system: You are a helpful assistant.
user:
Analyze the provided spectrum to determine if it is a **S-type Star**.

- **Key Indicators for S-type Star:**

    - **(Overall Spectrum Shape):** The first and most obvious characteristic is the overall continuum (the "baseline" shape). It is **extremely "red-sloping,"** meaning the flux (light intensity) is very low on the left side (blue, ~4000-4500 Å) and rises steeply and continuously toward the right side (red, ~7000 Å+).

    - **(Primary):** The spectrum is defined by the presence of strong, broad molecular absorption "valleys" (bands) from **Zirconium Oxide (ZrO)**. The identification of these bands is the **primary requirement** for classifying a star as S-type.
        - **(Key Bandheads):** You must find distinct, deep "dips" where the light has been absorbed. The most critical band systems to locate are:
            - **~6474 Å** ($\gamma$-system): This is often the strongest and clearest ZrO feature, found in the red part of the spectrum.
            - **~5718 Å** & **~5551 Å** ($\beta$-system): A pair of prominent absorption features in the yellow-orange part of the spectrum.
            - **~4640 Å** ($\alpha$-system): A key absorption band system in the blue-green region of the spectrum.

    - **(Secondary Confirmation):** The classification is strengthened by finding additional absorption bands from other related heavy element oxides, which are expected to be present alongside ZrO.
        - **(Key Bandheads):**
            - **Yttrium Oxide (YO):** Look for absorption dips near **~4800 Å** and **~6100 Å**.
            - **Lanthanum Oxide (LaO):** Additional absorption features, particularly in the red-orange part of the spectrum, are also characteristic.

    - **(Line Profile):** The combination of the steep red continuum and these numerous, deep molecular bands (ZrO, YO, etc.) gives the entire spectrum a very **"chopped-up"** or **"bumpy"** appearance. Instead of a smooth curve, the spectrum looks as though large, wide chunks of light have been "carved out" of it at the specific wavelengths listed above.

Think first, call **spectral_visualization_tool** if needed to examine features in detail, then provide your final answer. Your response must adhere to the following strict rules:
1.  **Overall Structure:** Your response must follow the format `<think>...</think> <tool_call>...</tool_call> (if a tool is used) <answer>...</answer>`.
2.  **Tool Usage Constraint:** You may only make **one** tool call per turn.
3.  **Final Answer Format:** In the `<answer>` tag, your conclusion must be inside a `\boxed{}` command (e.g., `\boxed{YES}` or `\boxed{NO}`), followed by your justification.

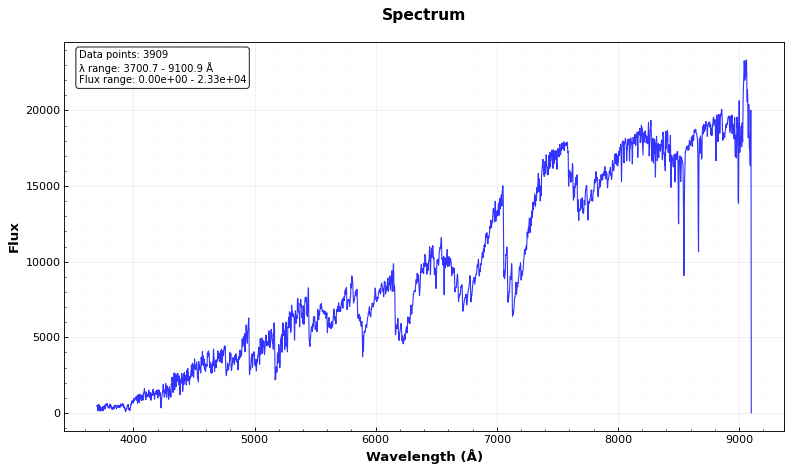
Answer: YES